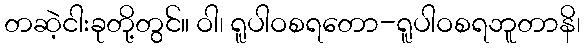
တဆဲ့ငါးခုတို့တွင်။ ဝါ၊ ရူပါဝစရတော-ရူပါဝစရဘူတာနိ၊